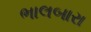
ભાલબારા